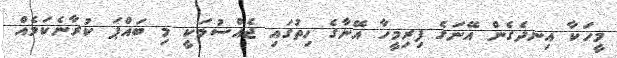
މީހަކާ އިނދެގެން އޭނަގެ ފިރިމީހާ އޭނާގެ ހިތުގައި ޖެއްސުމަކީ މި ބައްޕަ ކުރާނެކަމެއް